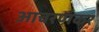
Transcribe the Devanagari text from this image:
आचरणकर